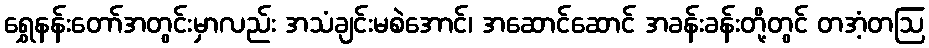
ရွှေနန်းတော်အတွင်းမှာလည်း အသံချင်းမစဲအောင်၊ အဆောင်ဆောင် အခန်းခန်းတို့တွင် တအံ့တဩ